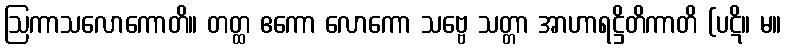
ဩကာသလောကောတိ။ တတ္ထ ဧကော လောကော သဗ္ဗေ သတ္တာ အာဟာရဋ္ဌိတိကာတိ (ပဋိ။ မ။